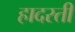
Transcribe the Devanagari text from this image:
हादरती